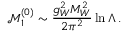
\mathcal { M } _ { 1 } ^ { ( 0 ) } \sim \frac { g _ { W } ^ { 2 } M _ { W } ^ { 2 } } { 2 \pi ^ { 2 } } \ln \Lambda \, .